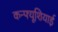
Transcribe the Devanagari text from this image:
कन्फ्यूशियाई